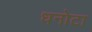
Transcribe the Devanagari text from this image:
धनोटा